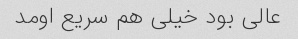
عالی بود خیلی هم سریع اومد